Indian journal of veterinary science and animal husbandry - Volume 13,
Year: 1943
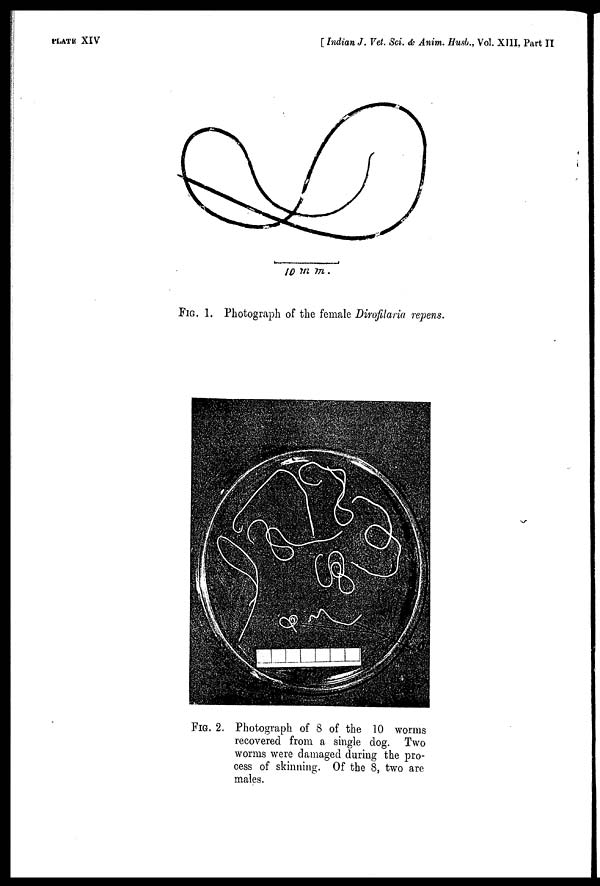
PLATE XIV
[ Indian J. Vet. Sci. & Anim. Husb., Vol. XIII, Part II
FIG. 1. Photograph of the female Dirofilaria repens.
FIG. 2. Photograph of 8 of the 10 worms
recovered from a single dog. Two
worms were damaged during the pro-
cess of skinning. Of the 8, two are
males.